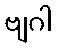
ဗျဂါ